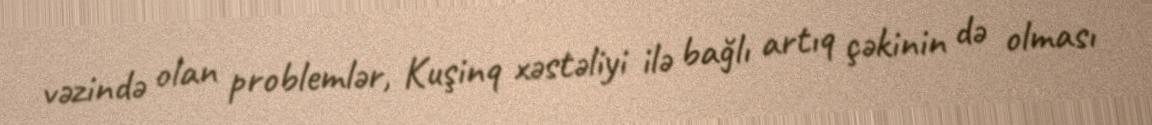
vəzində olan problemlər, Kuşinq xəstəliyi ilə bağlı artıq çəkinin də olması